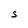
Character: s